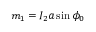
m _ { 1 } = I _ { 2 } a \sin \phi _ { 0 }